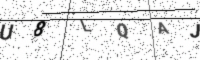
Text: U8LQAJ